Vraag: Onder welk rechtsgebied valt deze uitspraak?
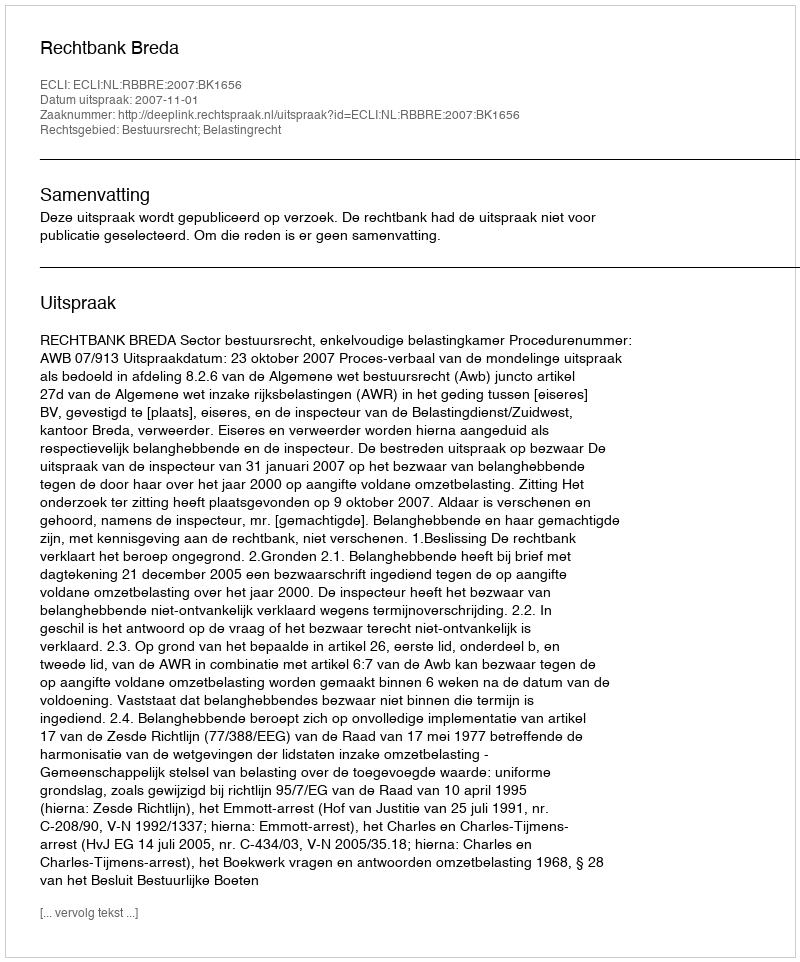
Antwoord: Bestuursrecht; Belastingrecht